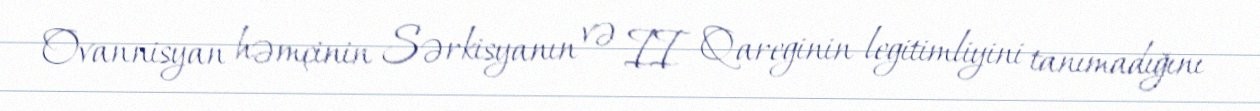
Ovannisyan həmçinin Sərkisyanın və II Qareginin legitimliyini tanımadığını